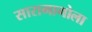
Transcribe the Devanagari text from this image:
सारामागोला